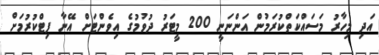
އަދި މިހާރު މަސައްކަތްކުރަމުން އަންނަނީ 200 މީޓަރު ދުވުމުގެ އިވެންޓަށް އޭނާ ފިޓްކުރުމަށް